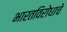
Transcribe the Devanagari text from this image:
भारतविरोधाचे